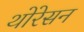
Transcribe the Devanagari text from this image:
थोरेसन